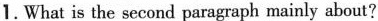
1.What is the second paragraph mainly about?